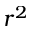
r ^ { 2 }